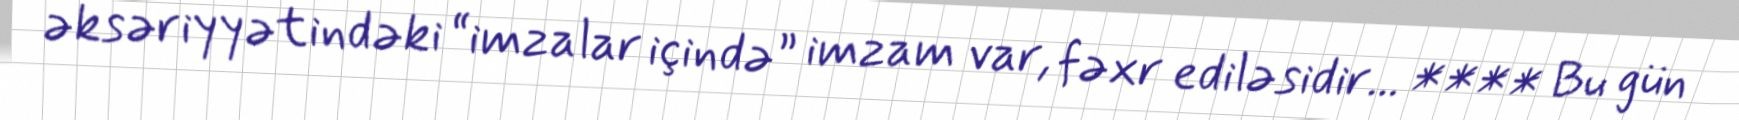
əksəriyyətindəki “imzalar içində” imzam var, fəxr ediləsidir... **** Bu gün